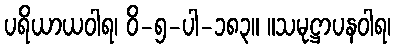
ပရိယာယဝါရ၊ ဝိ-၅-ပါ-၁၈၃။ ။သမုဋ္ဌာပနဝါရ၊